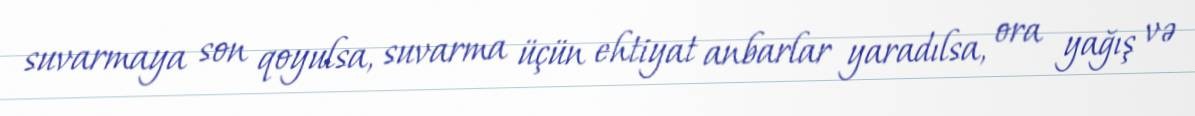
suvarmaya son qoyulsa, suvarma üçün ehtiyat anbarlar yaradılsa, ora yağış və